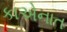
કાએનાત